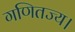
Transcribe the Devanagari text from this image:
गणितज्य।